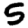
Digit: 5